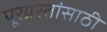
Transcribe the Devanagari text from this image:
पूरग्रस्तांसाठी